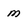
Character: m